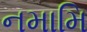
નમામિ